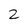
Character: 2